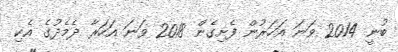
ބުނީ 2014 ވަނަ އަހަރުން ފެށިގެން 2018 ވަނަ އަހަރާ ދެމެދުގެ އެކި